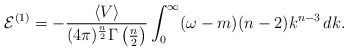
\begin{align*}{\cal E}^{(1)} = -\frac{\langle V \rangle }{(4\pi)^\frac{n}{2}\Gamma\left(\frac{n}{2}\right)} \int_0^\infty (\omega - m)(n-2) k^{n-3} \, dk.\end{align*}